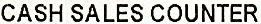
CASH SALES COUNTER